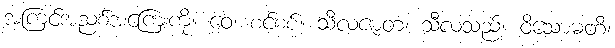
အကြင်အညစ်အကြေးကို။ ဝေ၊ စင်စစ်။ သီလဇာတံ၊ သီလသည်။ ဝိသောဓတိ၊